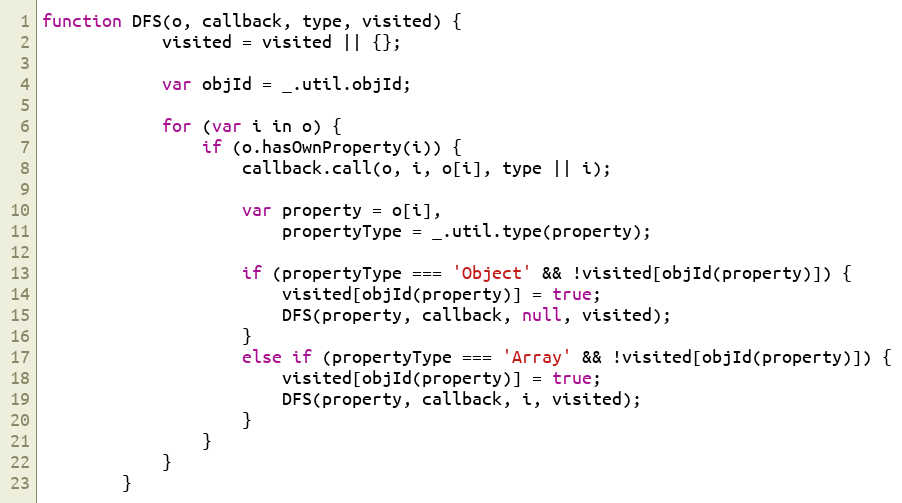
Language: JavaScript
function DFS(o, callback, type, visited) {
			visited = visited || {};

			var objId = _.util.objId;

			for (var i in o) {
				if (o.hasOwnProperty(i)) {
					callback.call(o, i, o[i], type || i);

					var property = o[i],
					    propertyType = _.util.type(property);

					if (propertyType === 'Object' && !visited[objId(property)]) {
						visited[objId(property)] = true;
						DFS(property, callback, null, visited);
					}
					else if (propertyType === 'Array' && !visited[objId(property)]) {
						visited[objId(property)] = true;
						DFS(property, callback, i, visited);
					}
				}
			}
		}